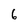
Character: 6